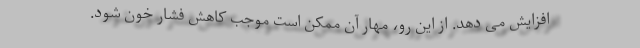
افزایش می دهد. از این رو، مهار آن ممکن است موجب کاهش فشار خون شود.